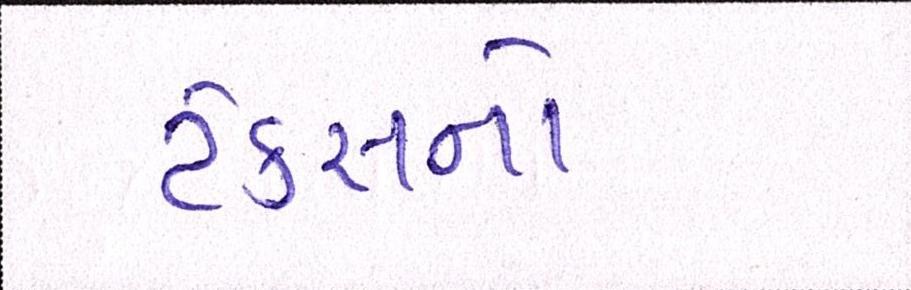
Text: ટેકસનો